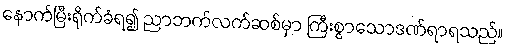
နောက်မြီးရိုက်ခံရ၍ ညာဘက်လက်ဆစ်မှာ ကြီးစွာသောဒဏ်ရာရသည်။